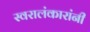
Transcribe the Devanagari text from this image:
स्वरालंकारांनी